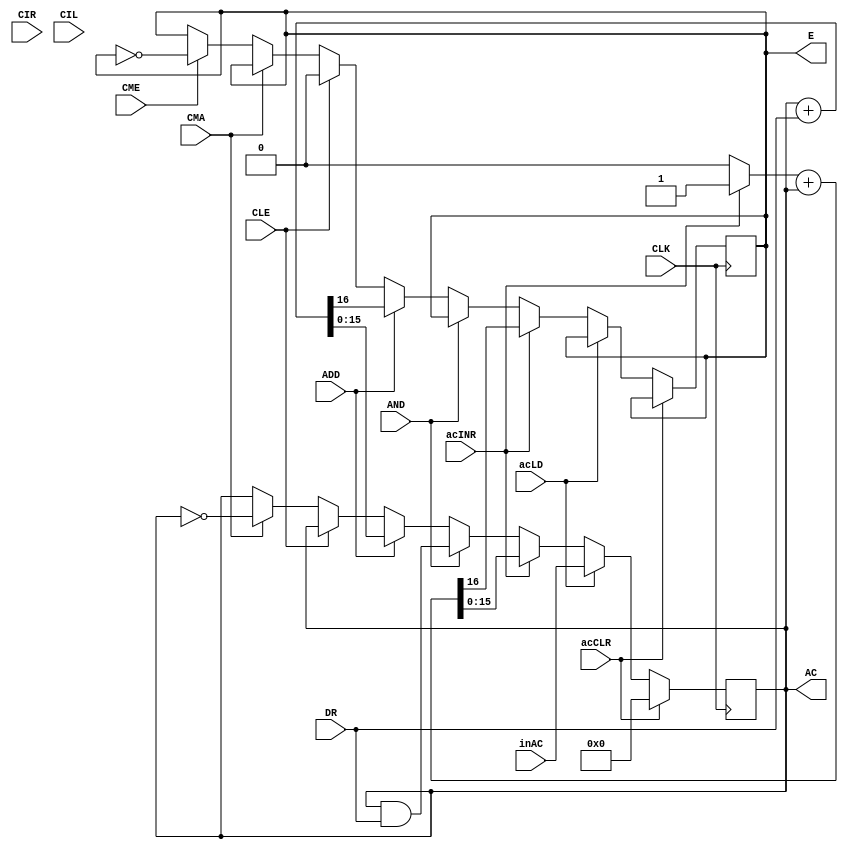
`timescale 1ns / 1ps

module ac_reg (
    input acLD, CLK, acINR, acCLR,
          AND, ADD, CMA, CME, CIR,
          CIL, CLE,
    input [15:0] inAC,
    input [15:0] DR,
    output reg [15:0] AC,
    output reg E
);

    // Internal signals
    wire [15:0] inr16, sum;
    wire cout;

    // Register for holding the accumulator value
    // Flag indicating the status of the accumulator

    // Combinational logic for incrementing
    assign inr16 = acINR ? 16'b0000000000000001 : 16'b0;
    assign {cout, sum} = inr16 + AC;


    initial begin
        AC = 12'b0;
        E=0;
     end
    // Sequential logic for accumulator behavior
    always @(posedge CLK) begin
        if (acCLR) begin
            AC <= 16'b0; // Clear the accumulator
        end else begin
            if (acLD) begin
                AC <= inAC; // Load input value to the accumulator
            end else begin
                if (acINR) begin
                    AC <= sum; // Increment accumulator value
                    E <= cout; // Update flag
                end else begin
                    if (AND) begin
                        AC <= AC & DR; // Perform bitwise AND operation with DR
                    end else begin
                        if (ADD) begin
                            {E, AC} <= AC + DR; // Perform addition with DR and update flag
                        end else begin
                            if (CLE) begin
                                E <= 1'b0; // Clear flag
                            end else begin
                                if (CMA) begin
                                    AC <= ~AC; // Perform bitwise complement operation on accumulator value
                                end else begin
                                    if (CME) begin
                                        E <= ~E; // Perform bitwise complement operation on flag
                                    end else begin
                                        if (CIR || CIL) begin
                                            // CIR and CIL operations have no effect on the accumulator or flag
                                            E <= E; // Maintain flag state
                                        end
                                    end
                                end
                            end
                        end
                    end
                end
            end
        end
    end

    // Output assignments

endmodule